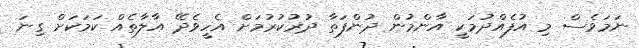
ނަމަވެސް މި އުފެއްދުމަކީ އާންމުން ދުންފަތާ ދުރުކުރުމަށް އެހީވެދޭ އާލާތެއް ކަމަކަށް ގިނަ